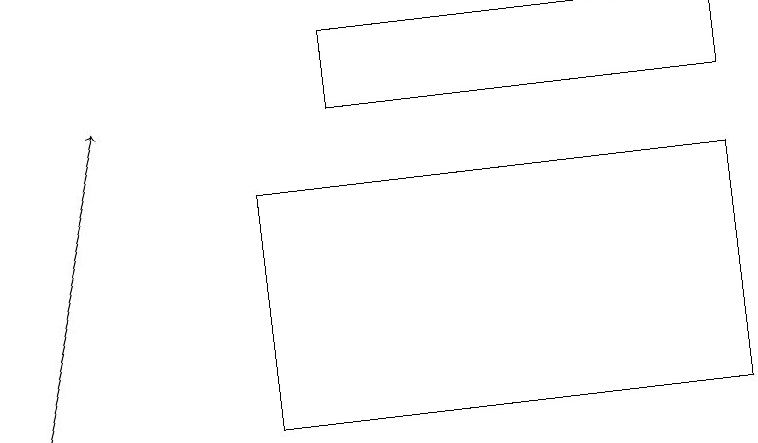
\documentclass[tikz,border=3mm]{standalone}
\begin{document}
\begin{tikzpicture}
\draw (9,17) rectangle (3,14);
\draw (4,19) rectangle (9,18);
\draw[->] (0,14) -- (1,18);
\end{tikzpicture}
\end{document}